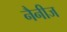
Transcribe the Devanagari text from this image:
नैनीज